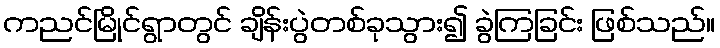
ကညင်မြိုင်ရွာတွင် ချိန်းပွဲတစ်ခုသွား၍ ခွဲကြခြင်း ဖြစ်သည်။